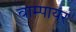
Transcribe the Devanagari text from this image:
वाम्पायर